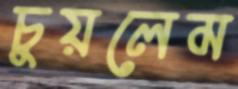
চুয়লেম